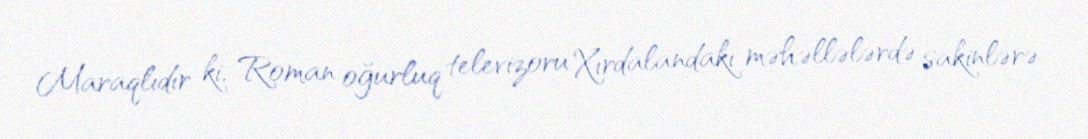
Maraqlıdır ki, Roman oğurluq televizoru Xırdalandakı məhəllələrdə sakinlərə